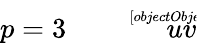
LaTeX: p=3{\sqrt[[objectObject]]{uv}}